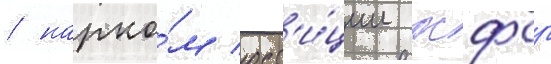
/ нарко́м юст'и́ции рсфср